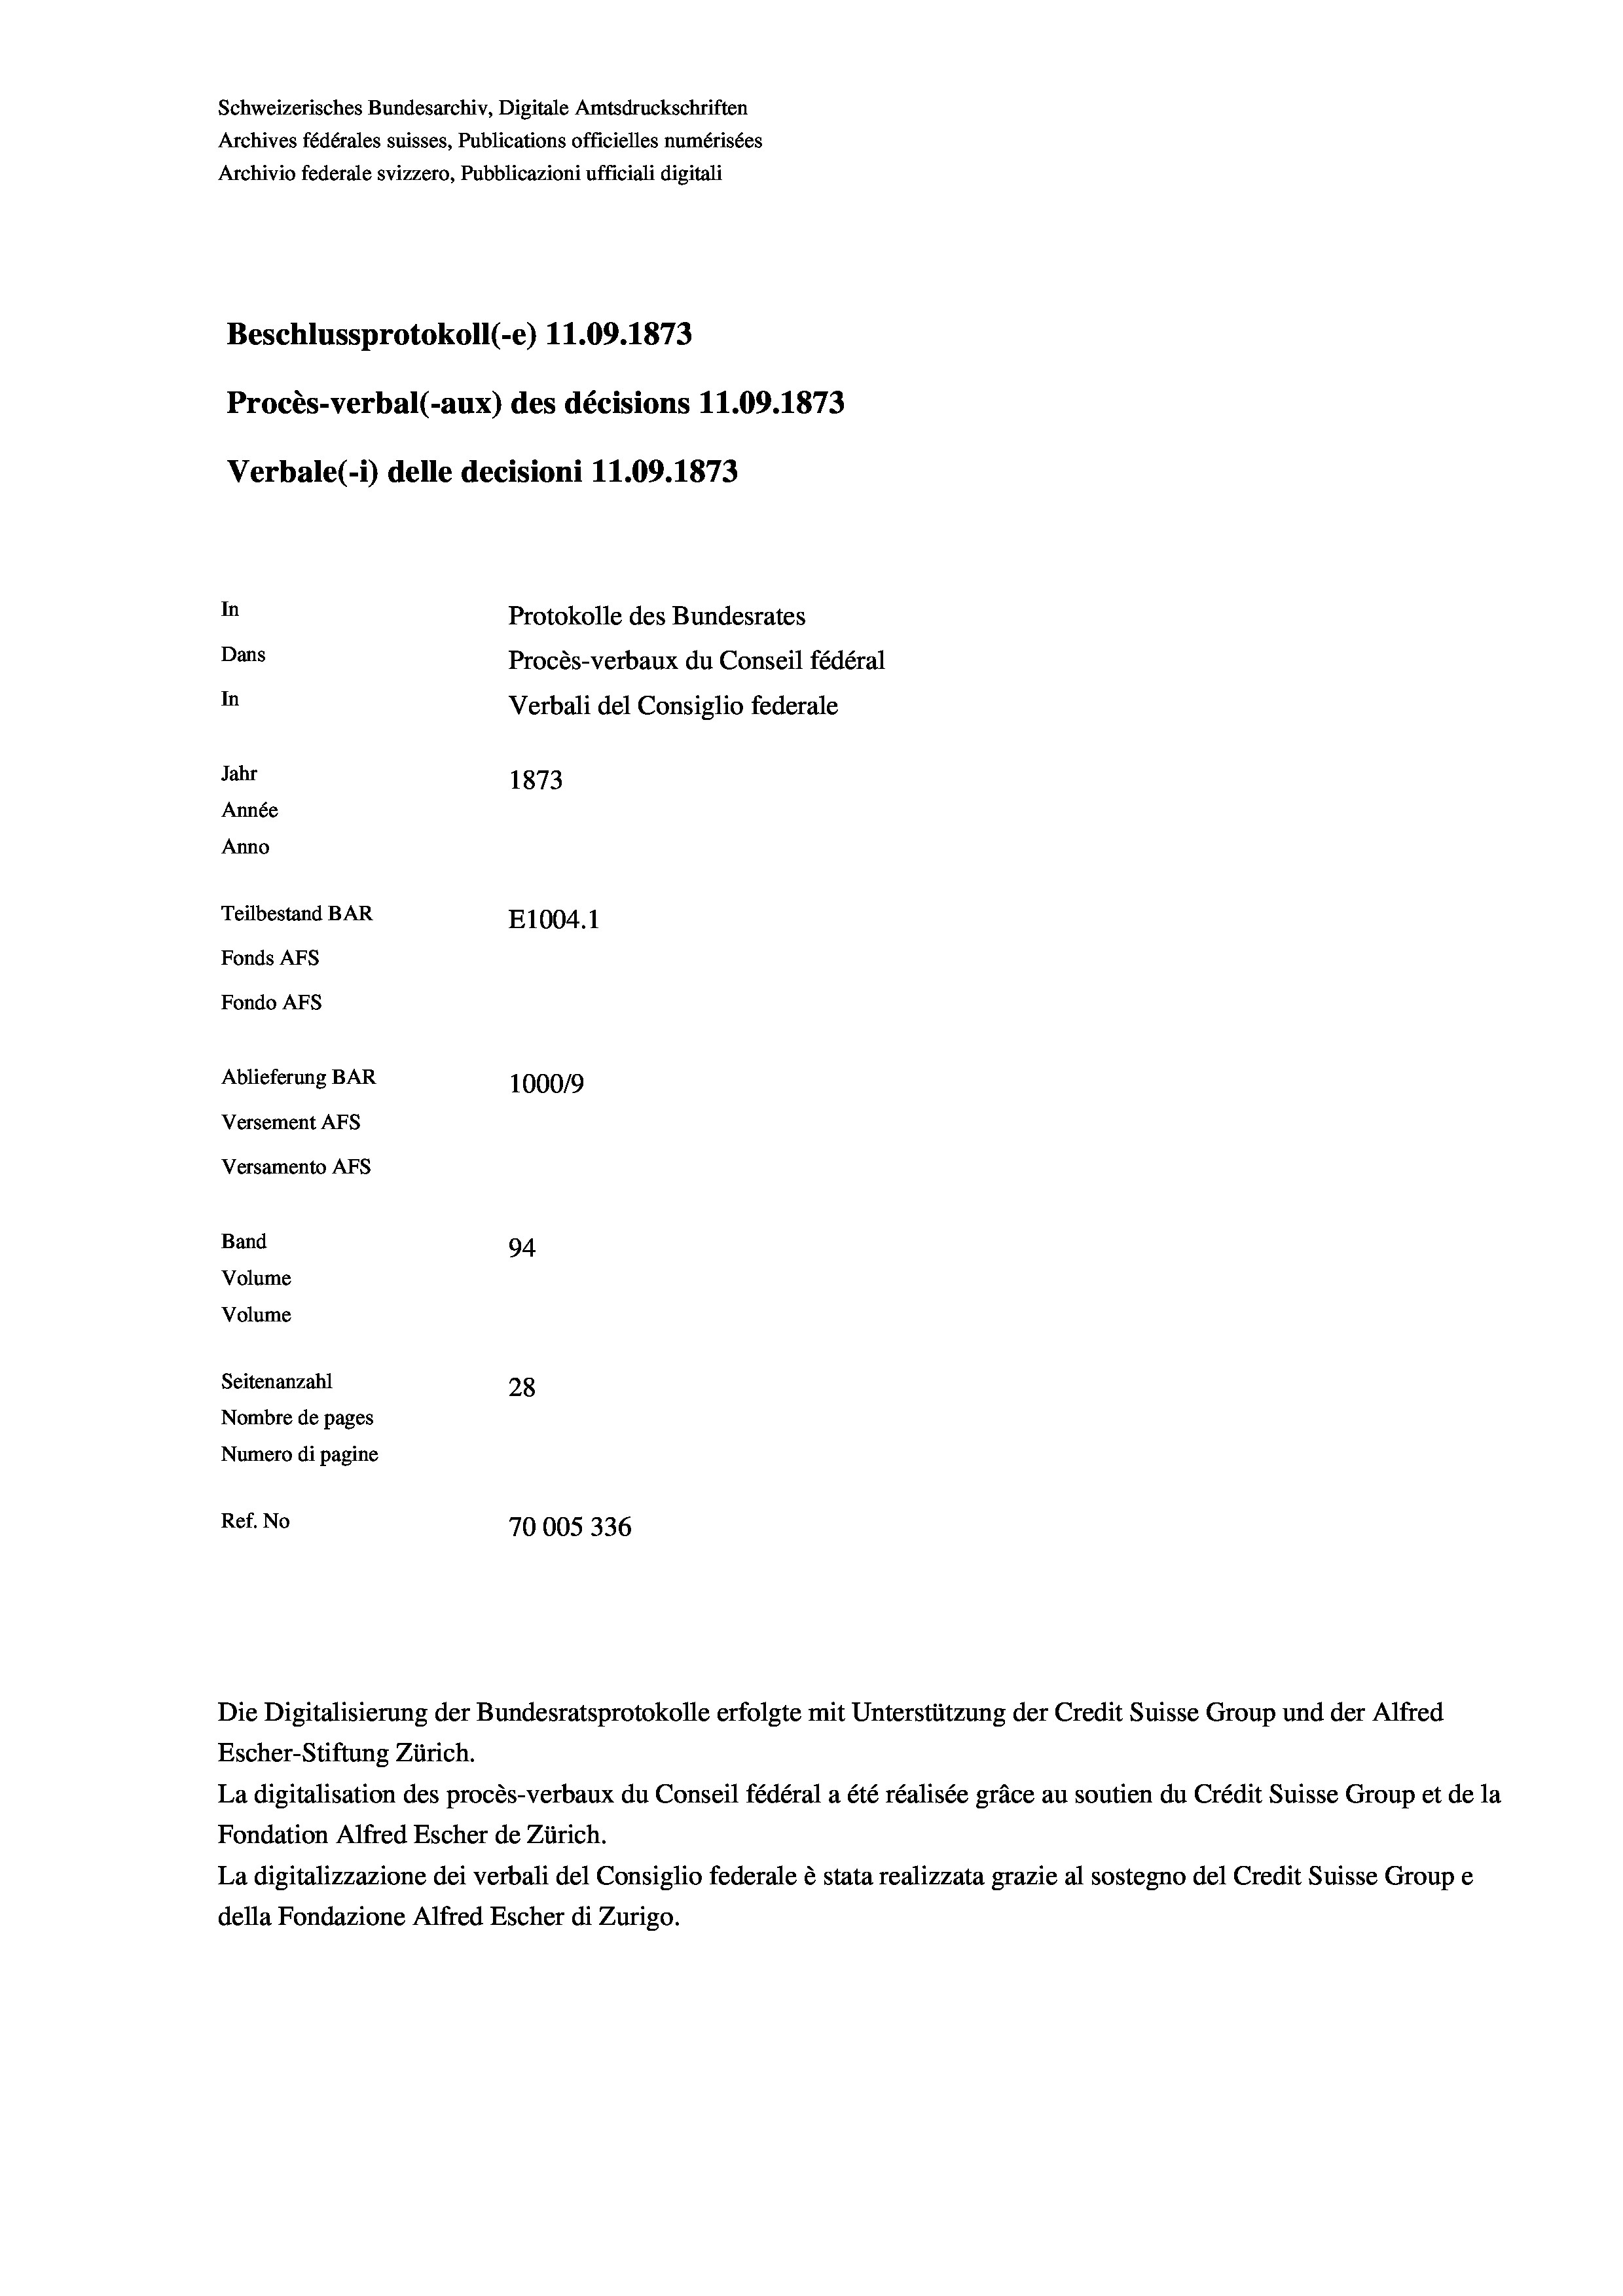
Schweizerisches Bundesarchiv, Digitale Amtsdruckschriften
Archives fédérales suisses, Publications officielles numérisées
Archivio federale svizzero, Pubblicazioni ufficiali digitali
Beschlussprotokoll (-e) 11.09. 1873
Procès-verbal (-aux) des décisions 11.09. 1873
Verbale (- 1) delle decisioni 11.09. 1873
In
Protokolle des Bundesrates
Dans
Procès-verbaux du Conseil fédéral
In
Verbali del Consiglio federale
Jahr
1873
Année
Anno
Teilbestand BAR
E1004.1
Fonds AFs
Fondo AFs
Ablieferung BAR
1000/9
Versement Abs
Versamento AFs
Band
94
Volume
Volume

Seitenanzahl
28
Nombre de pages
Numero di pagine
Ref. No
70005336

.

Escher-Stiftung Zürich.
La digitalisation des procès-verbaux du Conseil fédéral a été réalisée gräce au soutien du Crédit Suisse Group et de la
Fondation Alfred Escher de Zürich.
La digitalizzazione dei verbali del Consiglio federale è stata realizzata grazie al sostegno del Credit Suisse Groupe
della Fondazione Alfred Escher di Zurigo.

Die Digitalisierung der Bundesratsprotokolle erfolgte mit Unterstützung der Credit Suisse Group und der Alfred